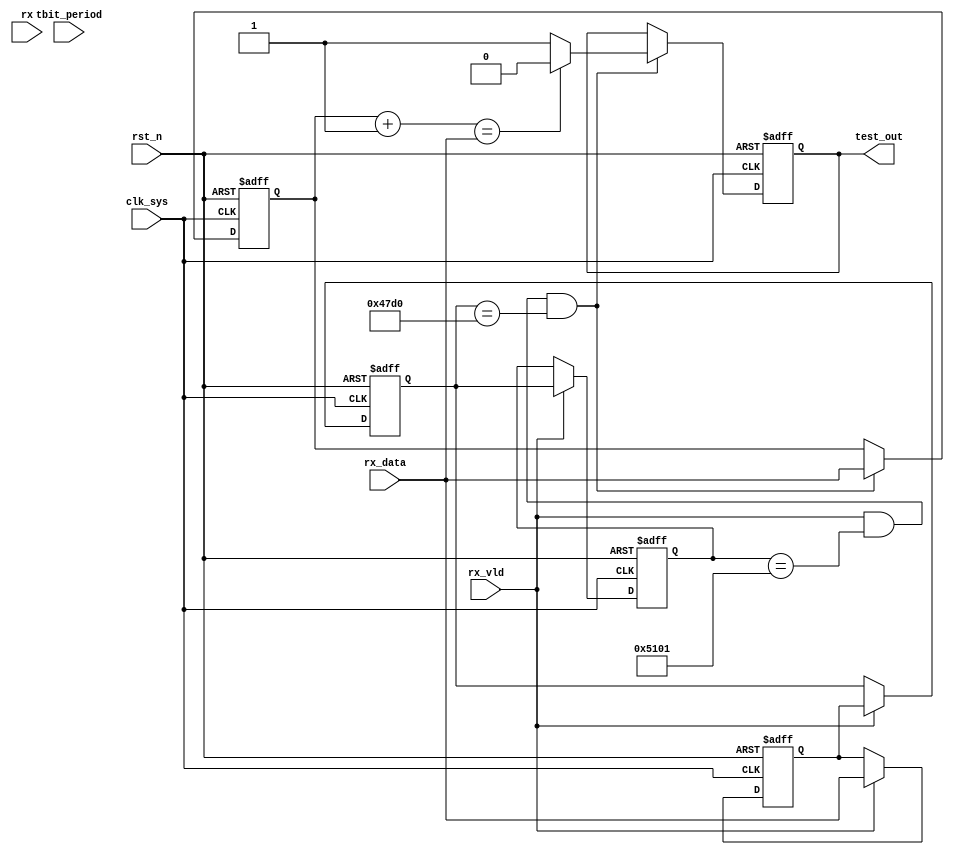

module fetch_monitor(
rx,
tbit_period,
rx_vld,
rx_data,
//clk rst
clk_sys,
rst_n,

test_out
);
input 				rx;
input  [19:0]	tbit_period;
input 				rx_vld;
input [15:0]	rx_data;
//clk rst
input clk_sys;
input rst_n;

output test_out;



reg [15:0] data1;
reg [15:0] data2;
reg [15:0] data3;
reg [15:0] data4;

reg [15:0] data33;
reg [15:0] data44;

always @ (posedge clk_sys or negedge rst_n)	begin
	if(~rst_n)
	begin
		data1 <= 16'h0;
		data2 <= 16'h0;
		data3 <= 16'h0;
		data4 <= 16'h0;
	end
	else if(rx_vld)
		begin
			data1 <= rx_data;
			data2 <= data1;
			data3 <= data2;
			data4 <= data3;
		end
	end
	
	reg test_out;
always @ (posedge clk_sys or negedge rst_n)	begin
	if(~rst_n)
	begin
		data33 <= 16'h0;
		data44 <= 16'h0;
		test_out <= 1'b0;
	end
	else if((rx_vld)&(data3==16'h5101)&(data2==16'h47d0))
		begin
		    test_out <= ((data33+16'd1)==rx_data)?  1'b0: 1'b1;
			data33 <= rx_data;
		end
		else
			;
	
	end
	


endmodule